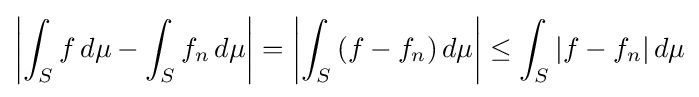
\left|\int _{S}{f\,d\mu }-\int _{S}{f_{n}\,d\mu }\right|=\left|\int _{S}{(f-f_{n})\,d\mu }\right|\leq \int _{S}{|f-f_{n}|\,d\mu }